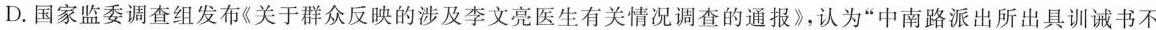
D.国家监委调查组发布关于群众反映的涉及李文亮医生有关情况调查的通报》，认为”中南路派出所出具训诫书不